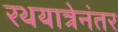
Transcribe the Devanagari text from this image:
रथयात्रेनंतर